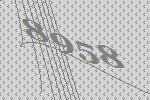
8958